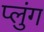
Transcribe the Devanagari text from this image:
प्लुंग